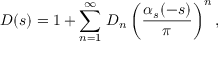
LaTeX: D ( s ) = 1 + \sum _ { n = 1 } ^ { \infty } \, D _ { n } \, \bigg ( { \frac { \alpha _ { s } ( - s ) } { \pi } } \bigg ) ^ { n } \, ,